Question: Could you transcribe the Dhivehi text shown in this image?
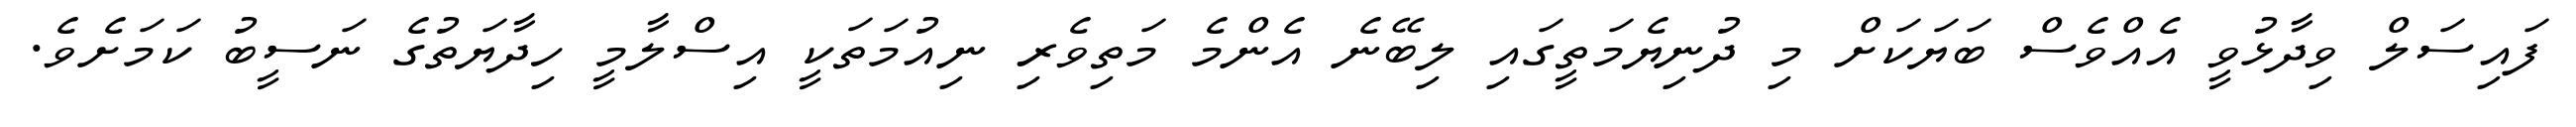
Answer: ފައިސަލް ވިދާޅުވީ އެއްވެސް ބަޔަކަށް މި ދުނިޔެމަތީގައި ލިބޭނެ އެންމެ މަތިވެރި ނިއުމަތަކީ އިސްލާމީ ހިދާޔަތުގެ ނަސީބު ކަމަށެވެ.